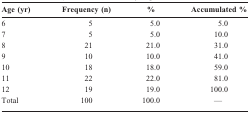
<table><thead><tr><td><b>Age (yr)</b></td><td><b>Frequency (n)</b></td><td><b>%</b></td><td><b>Accumulated %</b></td></tr></thead><tbody><tr><td>6</td><td>5</td><td>5.0</td><td>5.0</td></tr><tr><td>7</td><td>5</td><td>5.0</td><td>10.0</td></tr><tr><td>8</td><td>21</td><td>21.0</td><td>31.0</td></tr><tr><td>9</td><td>10</td><td>10.0</td><td>41.0</td></tr><tr><td>10</td><td>18</td><td>18.0</td><td>59.0</td></tr><tr><td>11</td><td>22</td><td>22.0</td><td>81.0</td></tr><tr><td>12</td><td>19</td><td>19.0</td><td>100.0</td></tr><tr><td>Total</td><td>100</td><td>100.0</td><td>--</td></tr></tbody></table>